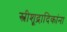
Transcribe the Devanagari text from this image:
स्त्रीशूद्रादिकांना